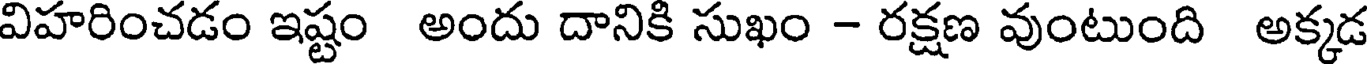
విహరించడం ఇష్టం అందు దానికి సుఖం - రక్షణ వుంటుంది అక్కడ